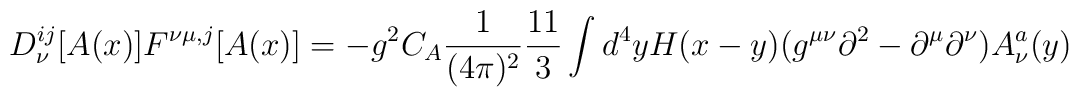
D_{\nu}^{ij}[A(x)]F^{\nu\mu,j}[A(x)]=-g^2C_A\frac 1{(4\pi )^2}\frac {11}{3}\int d^4y H(x-y)(g^{\mu\nu}\partial ^2-\partial ^{\mu}\partial ^{\nu})A_{\nu}^a(y)